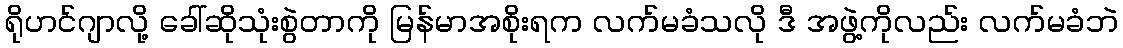
ရိုဟင်ဂျာလို့ ခေါ်ဆိုသုံးစွဲတာကို မြန်မာအစိုးရက လက်မခံသလို ဒီ အဖွဲ့ကိုလည်း လက်မခံဘဲ